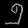
Digit: ၅